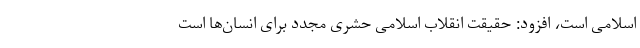
اسلامی است، افزود: حقیقت انقلاب اسلامی حشری مجدد برای انسان‌ها است